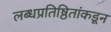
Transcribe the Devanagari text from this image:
लब्धप्रतिष्ठितांकडून